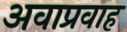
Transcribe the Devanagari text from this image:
अवाप्रवाह